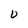
Character: U